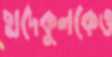
ছাদেকুলকেও